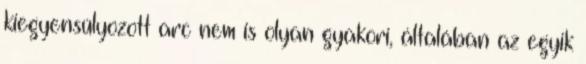
kiegyensúlyozott arc nem is olyan gyakori, általában az egyik